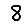
Digit: 8